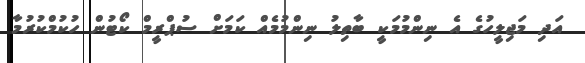
އަދި މަޖިލީހުގެ އެ ނިންމުމަކީ ބާތިލު ނިންމުމެއް ކަމަށް ސުޕްރީމް ކޯޓުން ހުކުމްކުރުމާ